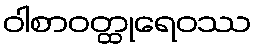
ဝါစာဝတ္ထုရေဝဿ